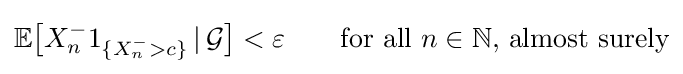
\mathbb {E} {\bigl [}X_{n}^{-}1_{\{X_{n}^{-}>c\}}\,|\,{\mathcal {G}}{\bigr ]}<\varepsilon \qquad {\text{for all }}n\in \mathbb {N} ,\,{\text{almost surely}}